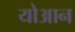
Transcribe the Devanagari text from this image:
योआन